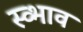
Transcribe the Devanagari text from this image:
स्व्भाव